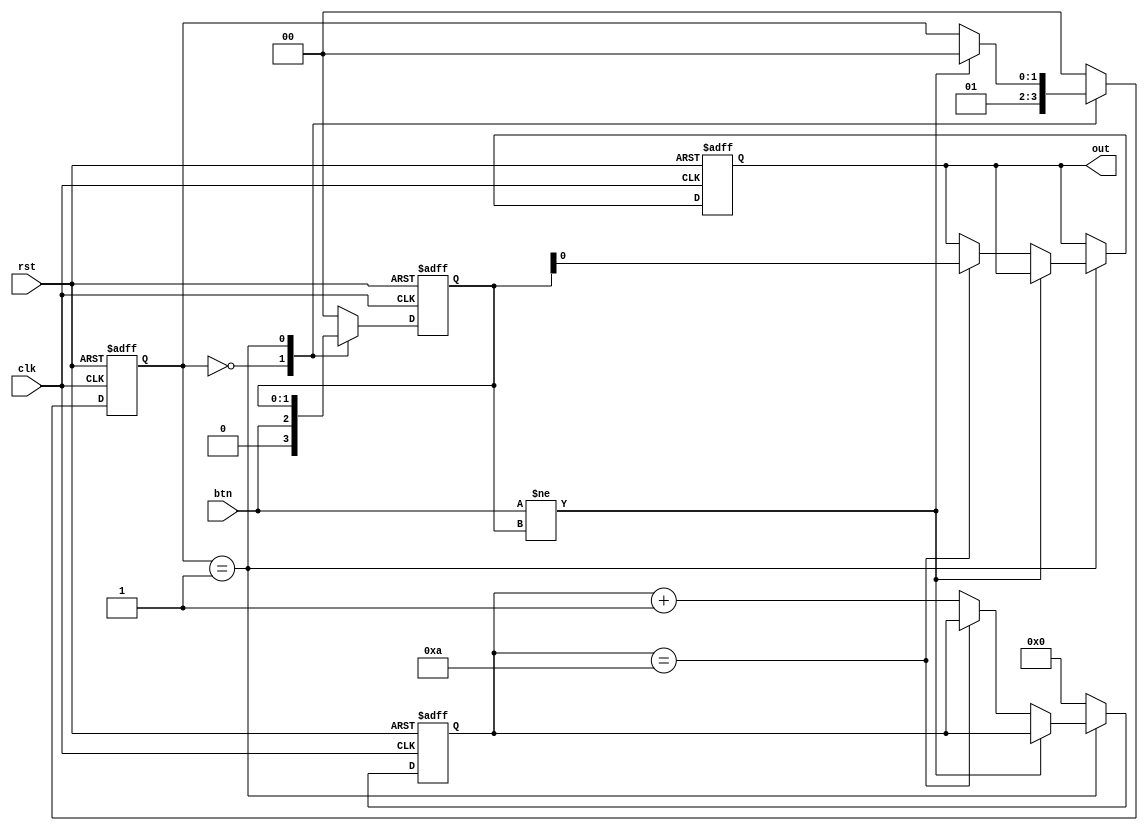
module button_debounce (
    input clk,
    input rst,
    input btn,

    output reg out
);

    localparam WAIT_CHANGE = 1'b0;
    localparam STATE_CHANGE = 1'b1;
    localparam [8:0] MAX_COUNT = 10;

    reg [24:0] count;
    reg [1:0] state;
    reg [1:0] btn_buffer;

    always @ (posedge clk, posedge rst) begin
        if (rst == 1'b1) begin
            count <= 1'b0;
            btn_buffer <= 1'b0;
            state <= WAIT_CHANGE;
            out <= 1'b0;
        end else begin
            case (state)
                WAIT_CHANGE: begin
                    count <= 1'b0;
                    state <= STATE_CHANGE;
                    btn_buffer <= btn;
                end
                STATE_CHANGE: begin
                    if (btn != btn_buffer) begin
                        state <= WAIT_CHANGE;
                    end else begin
                        if (count == MAX_COUNT) begin
                            out <= btn_buffer;
                        end else begin
                            count <= count + 1;
                        end
                    end
                end
                default: begin
                    count <= 1'b0;
                    btn_buffer <= 1'b0;
                    state <= WAIT_CHANGE;
                end
            endcase
        end
    end

endmodule